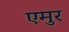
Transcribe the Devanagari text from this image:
एमुर